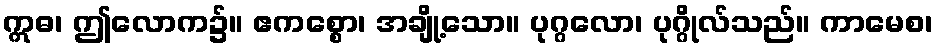
ဣဓ၊ ဤလောက၌။ ဧကစ္စော၊ အချို့သော။ ပုဂ္ဂလော၊ ပုဂ္ဂိုလ်သည်။ ကာမေစ၊